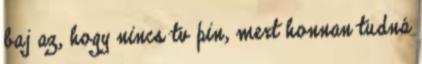
baj az, hogy nincs tv pin, mert honnan tudná